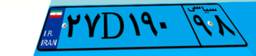
۲۷D۱۹۰۹۸